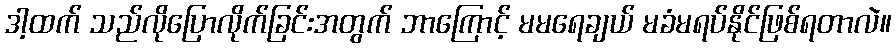
ဒါ့ထက် သည်လိုပြောလိုက်ခြင်းအတွက် ဘာကြောင့် မမရေချယ် မခံမရပ်နိုင်ဖြစ်ရတာလဲ။